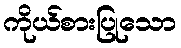
ကိုယ်စားပြုသော